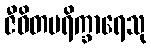
ဇီဝိတပရိက္ခာရေသု